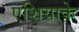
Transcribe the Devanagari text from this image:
एशियाके